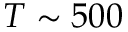
T \sim 5 0 0